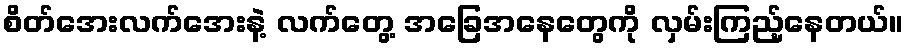
စိတ်အေးလက်အေးနဲ့ လက်တွေ့ အခြေအနေတွေကို လှမ်းကြည့်နေတယ်။